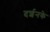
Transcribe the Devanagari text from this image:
दर्शनके